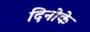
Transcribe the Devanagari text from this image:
दिनोके